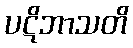
ပဋိဘာသတိ